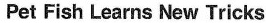
Pet Fish Learns New Tricks